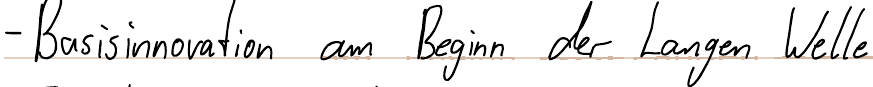
- Basisinnovation am Beginn der Langen Welle